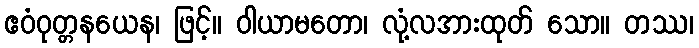
ဧဝံဝုတ္တနယေန၊ ဖြင့်။ ဝါယာမတော၊ လုံ့လအားထုတ် သော။ တဿ၊